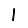
Digit: 1